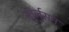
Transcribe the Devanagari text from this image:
स्तुर्लुसन